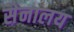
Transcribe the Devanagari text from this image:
सेनालय